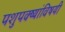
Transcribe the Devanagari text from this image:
पशुपक्ष्यांविषयी